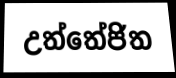
උත්තේජිත